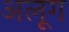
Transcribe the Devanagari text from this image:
अलूग